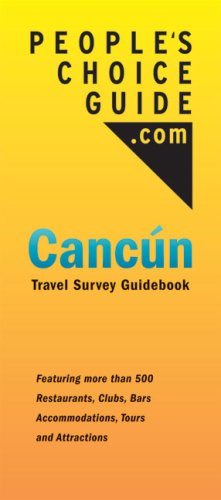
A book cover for People's Choice Guide Cancun: Travel Survey Guidebook; Eric Rabinowitz; Travel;